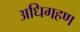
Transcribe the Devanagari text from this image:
अधिगहण